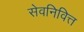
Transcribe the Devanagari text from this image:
सेवनिवित्त